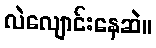
လဲလျောင်းနေဆဲ။